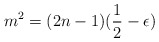
\begin{align*}m^2 = (2n-1)(\frac{1}{2}-\epsilon)\end{align*}